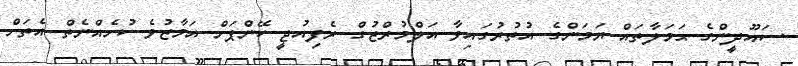
ސައޫދީންގެ ޙަމަލާތައް ޔަމަންގެ އުތުރުގައިވާ އަލްމުރްޒުގް ރެފިއުޖީ ކޭންޕަށް އަމާޒުވެ ކުށެއްނެތް އެތަށް